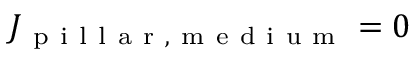
J _ { \mathrm { ~ p ~ i ~ l ~ l ~ a ~ r ~ , ~ m ~ e ~ d ~ i ~ u ~ m ~ } } = 0